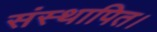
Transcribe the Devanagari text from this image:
संस्थापित।